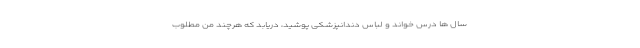
سال ها درس خواند و لباس دندانپزشکی پوشید، دریابد که هرچند منِ مطلوب